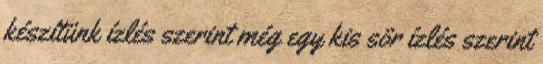
készítünk ízlés szerint még egy kis sör ízlés szerint